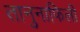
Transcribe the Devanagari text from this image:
तानुनाफिली